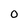
Character: 0